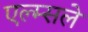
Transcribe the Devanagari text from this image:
एल्म्सले